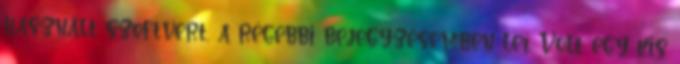
használt szoftvert, a régebbi bejegyzésemben leí. Volt egy kis